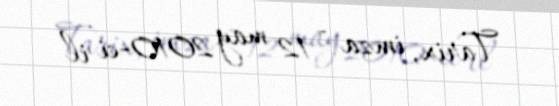
Tarix, imza - 12 may 2010-ci il